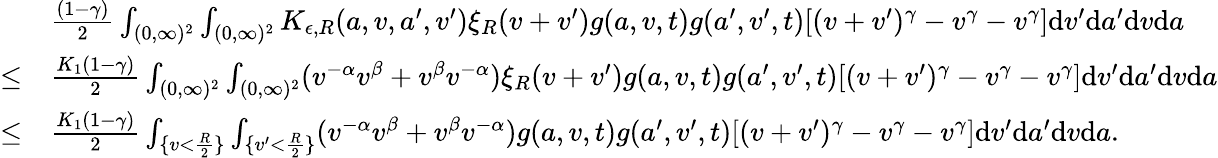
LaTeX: \begin{array}{rl}&{\frac{(1-\gamma)}{2}\int_{(0,\infty)^{2}}\int_{(0,\infty)^{2}}K_{\epsilon,R}(a,v,a^{\prime},v^{\prime})\xi_{R}(v+v^{\prime})g(a,v,t)g(a^{\prime},v^{\prime},t)[(v+v^{\prime})^{\gamma}-v^{\gamma}-v^{\gamma}]\textup{d}v^{\prime}\textup{d}a^{\prime}\textup{d}v\textup{d}a}\\ {\leq}&{\frac{K_{1}(1-\gamma)}{2}\int_{(0,\infty)^{2}}\int_{(0,\infty)^{2}}(v^{-\alpha}v^{\beta}+v^{\beta}v^{-\alpha})\xi_{R}(v+v^{\prime})g(a,v,t)g(a^{\prime},v^{\prime},t)[(v+v^{\prime})^{\gamma}-v^{\gamma}-v^{\gamma}]\textup{d}v^{\prime}\textup{d}a^{\prime}\textup{d}v\textup{d}a}\\ {\leq}&{\frac{K_{1}(1-\gamma)}{2}\int_{\{ v<\frac{R}{2}\} }\int_{\{ v^{\prime}<\frac{R}{2}\} }(v^{-\alpha}v^{\beta}+v^{\beta}v^{-\alpha})g(a,v,t)g(a^{\prime},v^{\prime},t)[(v+v^{\prime})^{\gamma}-v^{\gamma}-v^{\gamma}]\textup{d}v^{\prime}\textup{d}a^{\prime}\textup{d}v\textup{d}a.}\end{array}